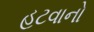
હટવાનો